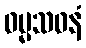
ဓမ္မသဝနံ